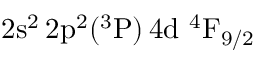
\mathrm { 2 s ^ { 2 } \, 2 p ^ { 2 } ( ^ { 3 } P ) \, 4 d ~ ^ { 4 } F _ { 9 / 2 } }